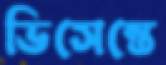
ভিসেন্তে